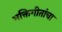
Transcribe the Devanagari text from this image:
भक्तिगीतांचा